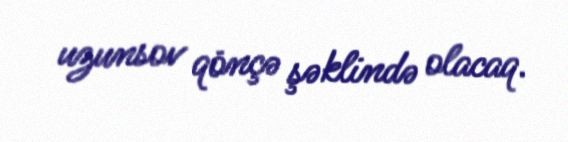
uzunsov qönçə şəklində olacaq.